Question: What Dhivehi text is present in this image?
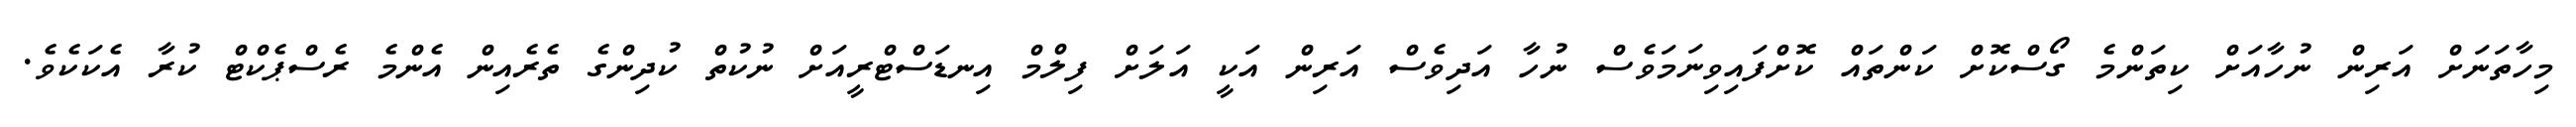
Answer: މިހާތަނަށް އަރިން ނުހާއަށް ކިތަންމެ ގޯސްކޮށް ކަންތައް ކޮށްފައިވިނަމަވެސް ނުހާ އަދިވެސް އަރިން އަކީ އަލަށް ފިލްމް އިނޑަސްޓްރީއަށް ނުކުތް ކުދިންގެ ތެރެއިން އެންމެ ރެސްޕެކްޓް ކުރާ އެކަކެވެ.